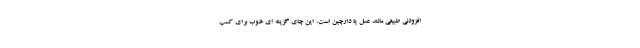
افزودنی طبیعی مانند عسل یا دارچین است. این چای گزینه ای خوب برای کسب